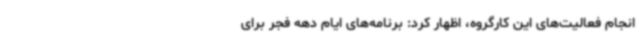
انجام فعالیت‌های این کارگروه، اظهار کرد: برنامه‌های ایام دهه فجر برای